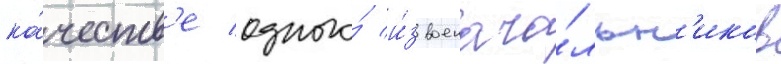
ка́честв'е одного́ и́з военача́льн'иков